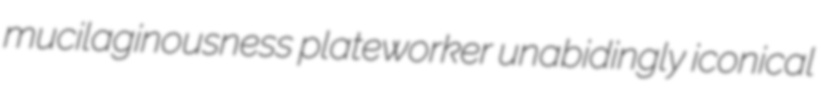
mucilaginousness plateworker unabidingly iconical